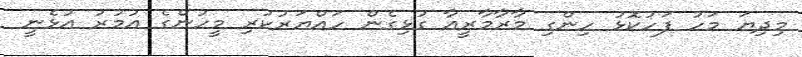
މިދިޔަ މަހު ފަހުކޮޅު ހިންގި މާރާމާރީއާ ގުޅިގެން ހައްޔަރުކުރި މީހުންގެ އުމުރު އުޅެނީ